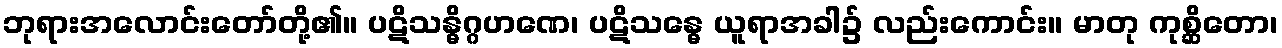
ဘုရားအလောင်းတော်တို့၏။ ပဋိသန္ဓိဂ္ဂဟဏေ၊ ပဋိသန္ဓေ ယူရာအခါ၌ လည်းကောင်း။ မာတု ကုစ္ဆိတော၊